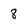
Character: 8